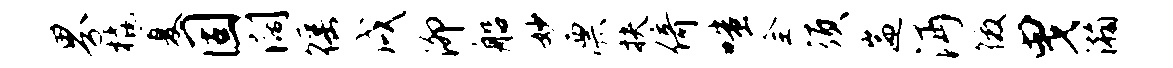
界橇厦固阔徭戌泖船妙漂扶倚嗤全须遄沔徼曳瀚